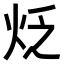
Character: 𤇮